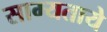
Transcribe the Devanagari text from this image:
साम्यताये